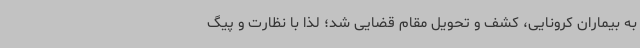
به بیماران کرونایی، کشف و تحویل مقام قضایی شد؛ لذا با نظارت و پیگ